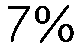
7%